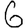
Digit: 6